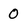
Character: 0